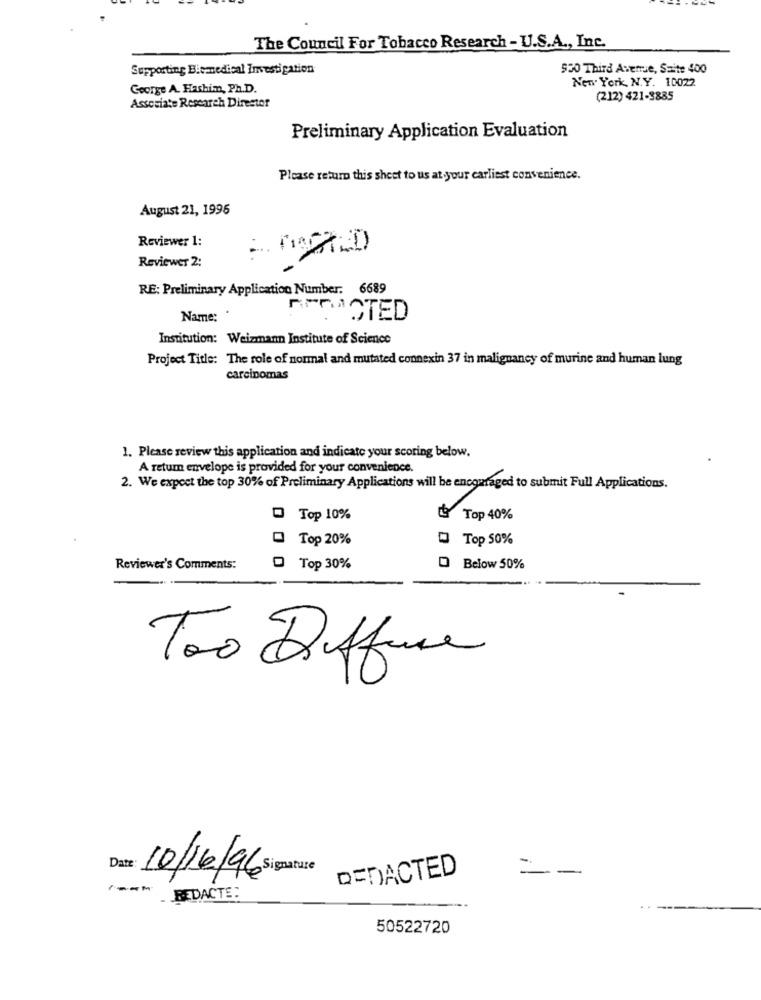
The Council For Tobacco Research - U.S.A ., Inc.
Supporting Biomedical Investigation
$50 Third Avenue, Saite 400
New York, N.Y. 10022
George A. Hashim, Ph.D.
(212) 421-3885
Associate Research Director
Preliminary Application Evaluation
Please return this sheet to us at your earliest convenience.
August 21, 1996
Reviewer 1:
Reviewer 2:
RE: Preliminary Application Number: 6689
Name:
ATTACTED
Institution: Weizmann Institute of Science
Project Title: The role of normal and mutated connexin 37 in malignancy of murine and human lung
carcinomas
1. Please review this application and indicate your scoring below.
A return envelope is provided for your convenience.
2. We expect the top 30% of Preliminary Applications will be encouraged to submit Full Applications.
Top 10%
Top 40%
Top 20%
Top 50%
Reviewer's Comments:
Top 30%
Below 50%
Too Diffuse
Date: 10/16/96 Signature
DENACTED
=
REDACTE:
50522720